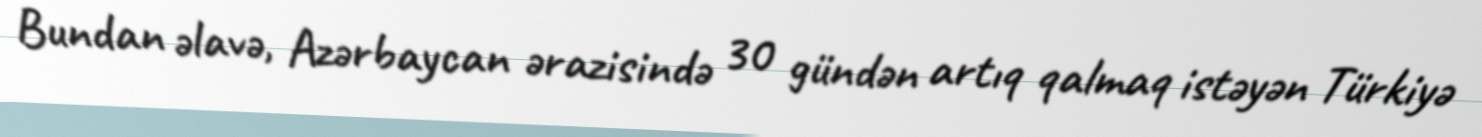
Bundan əlavə, Azərbaycan ərazisində 30 gündən artıq qalmaq istəyən Türkiyə